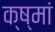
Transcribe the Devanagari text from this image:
क्ष्मां